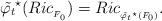
LaTeX: \begin{align*}\tilde{\varphi_t}^{\star}(Ric_{_{F_0}})=Ric_{_{\tilde{\varphi_t}^{\star}(F_0)}}.\end{align*}